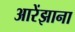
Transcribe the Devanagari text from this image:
आरेंझाना